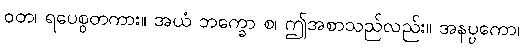
ဝတ၊ ရပေစွတကား။ အယံ ဘက္ခော စ၊ ဤအစာသည်လည်း။ အနပ္ပကော၊